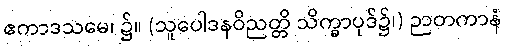
ဧကာဒသမေ၊ ၌။ (သူပေါဒနဝိညတ္တိ သိက္ခာပုဒ်၌၊) ဉာတကာနံ